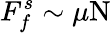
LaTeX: F_{f}^{s}\sim\mu\mathrm{N}